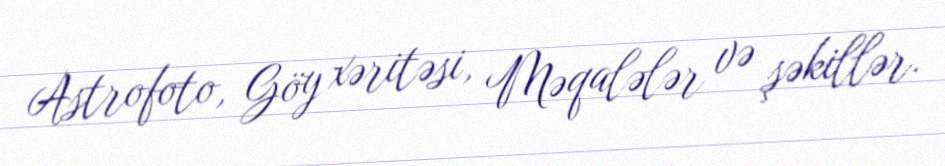
Astrofoto, Göy xəritəsi, Məqalələr və şəkillər.